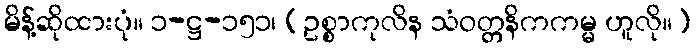
မိန့်ဆိုထားပုံ။ ၁-ဋ္ဌ-၁၅၁၊ (ဥစ္စာကုလိန သံဝတ္တနိကကမ္မ ဟူလို။)